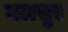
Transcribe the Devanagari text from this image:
गलसुए